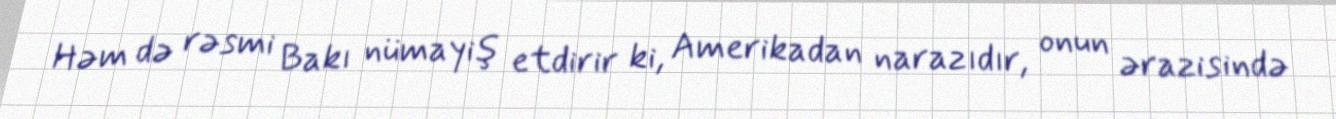
Həm də rəsmi Bakı nümayiş etdirir ki, Amerikadan narazıdır, onun ərazisində